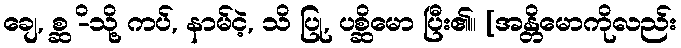
ချေ, စ္ဆ -ိသို့ ကပ်, နာမ်ငဲ့, သိ ပြု, ပစ္ဆိမော ပြီး၏။ [အန္တိမောကိုလည်း